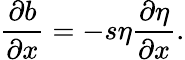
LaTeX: \frac{\partial b}{\partial x}=-s\eta\frac{\partial\eta}{\partial x}.